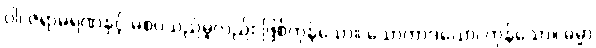
ဝါ၊ ဇရာမရဏနှင့် မစပ်သည်မူလည်း ဖြစ်ကုန်သော။ သောကာဒယော၊ ကုန်သော။ ဓမ္မာ